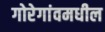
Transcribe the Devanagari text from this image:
गोरेगांवमधील